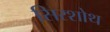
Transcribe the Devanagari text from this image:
सिरशोथ